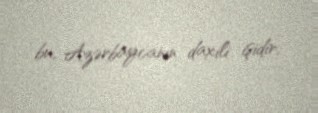
bu, Azərbaycanın daxili işidir.